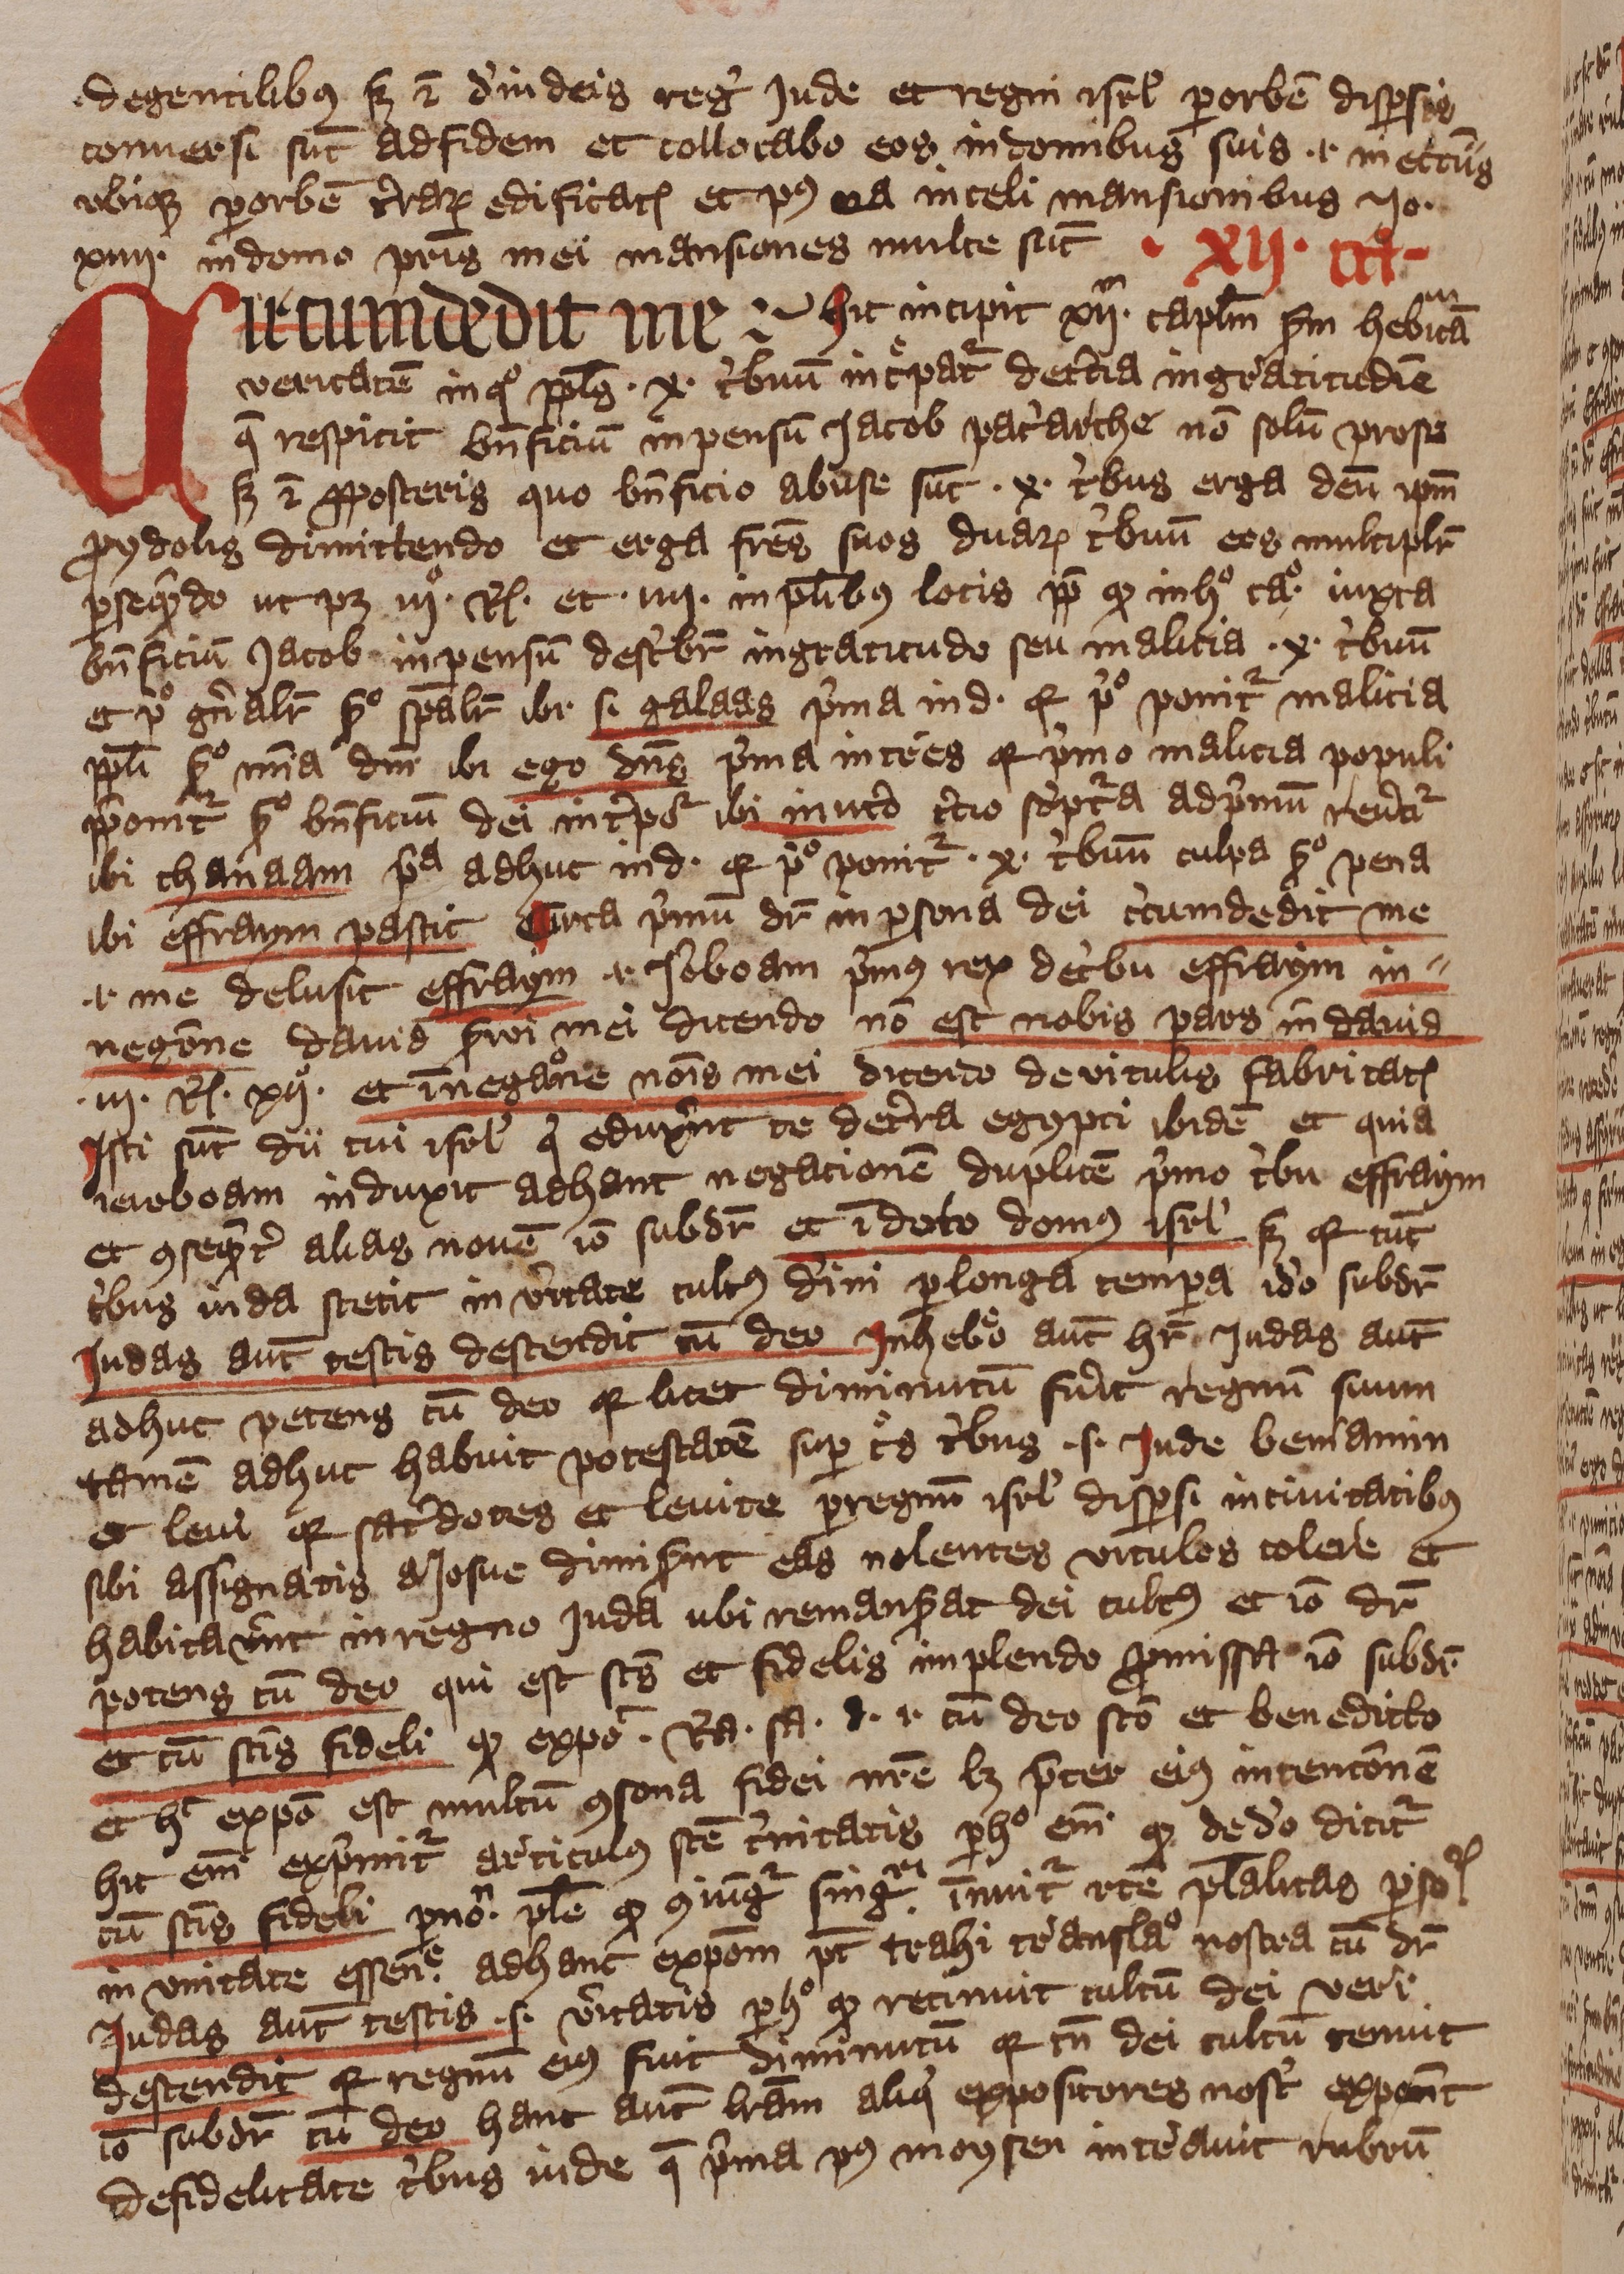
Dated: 1393–1396